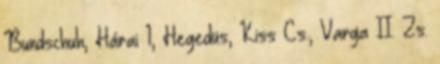
Bundschuh, Hárai 1, Hegedüs, Kiss Cs., Varga II. Zs.